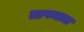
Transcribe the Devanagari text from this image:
तापमात्रा